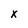
Character: X